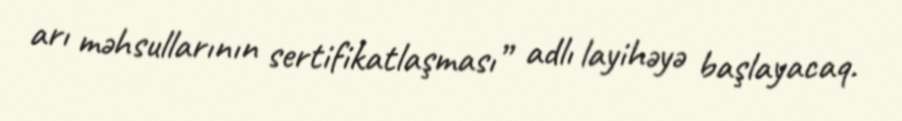
arı məhsullarının sertifikatlaşması” adlı layihəyə başlayacaq.